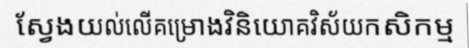
ស្វែងយល់លើគម្រោងវិនិយោគវិស័យកសិកម្ម